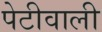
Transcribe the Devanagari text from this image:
पेटीवाली